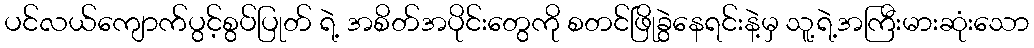
ပင်လယ်ကျောက်ပွင့်စွပ်ပြုတ် ရဲ့ အစိတ်အပိုင်းတွေကို စတင်ဖြိုခွဲနေရင်းနဲ့မှ သူ့ရဲ့အကြီးမားဆုံးသော